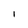
Character: l